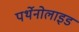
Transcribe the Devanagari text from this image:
पर्थेनोलाइड